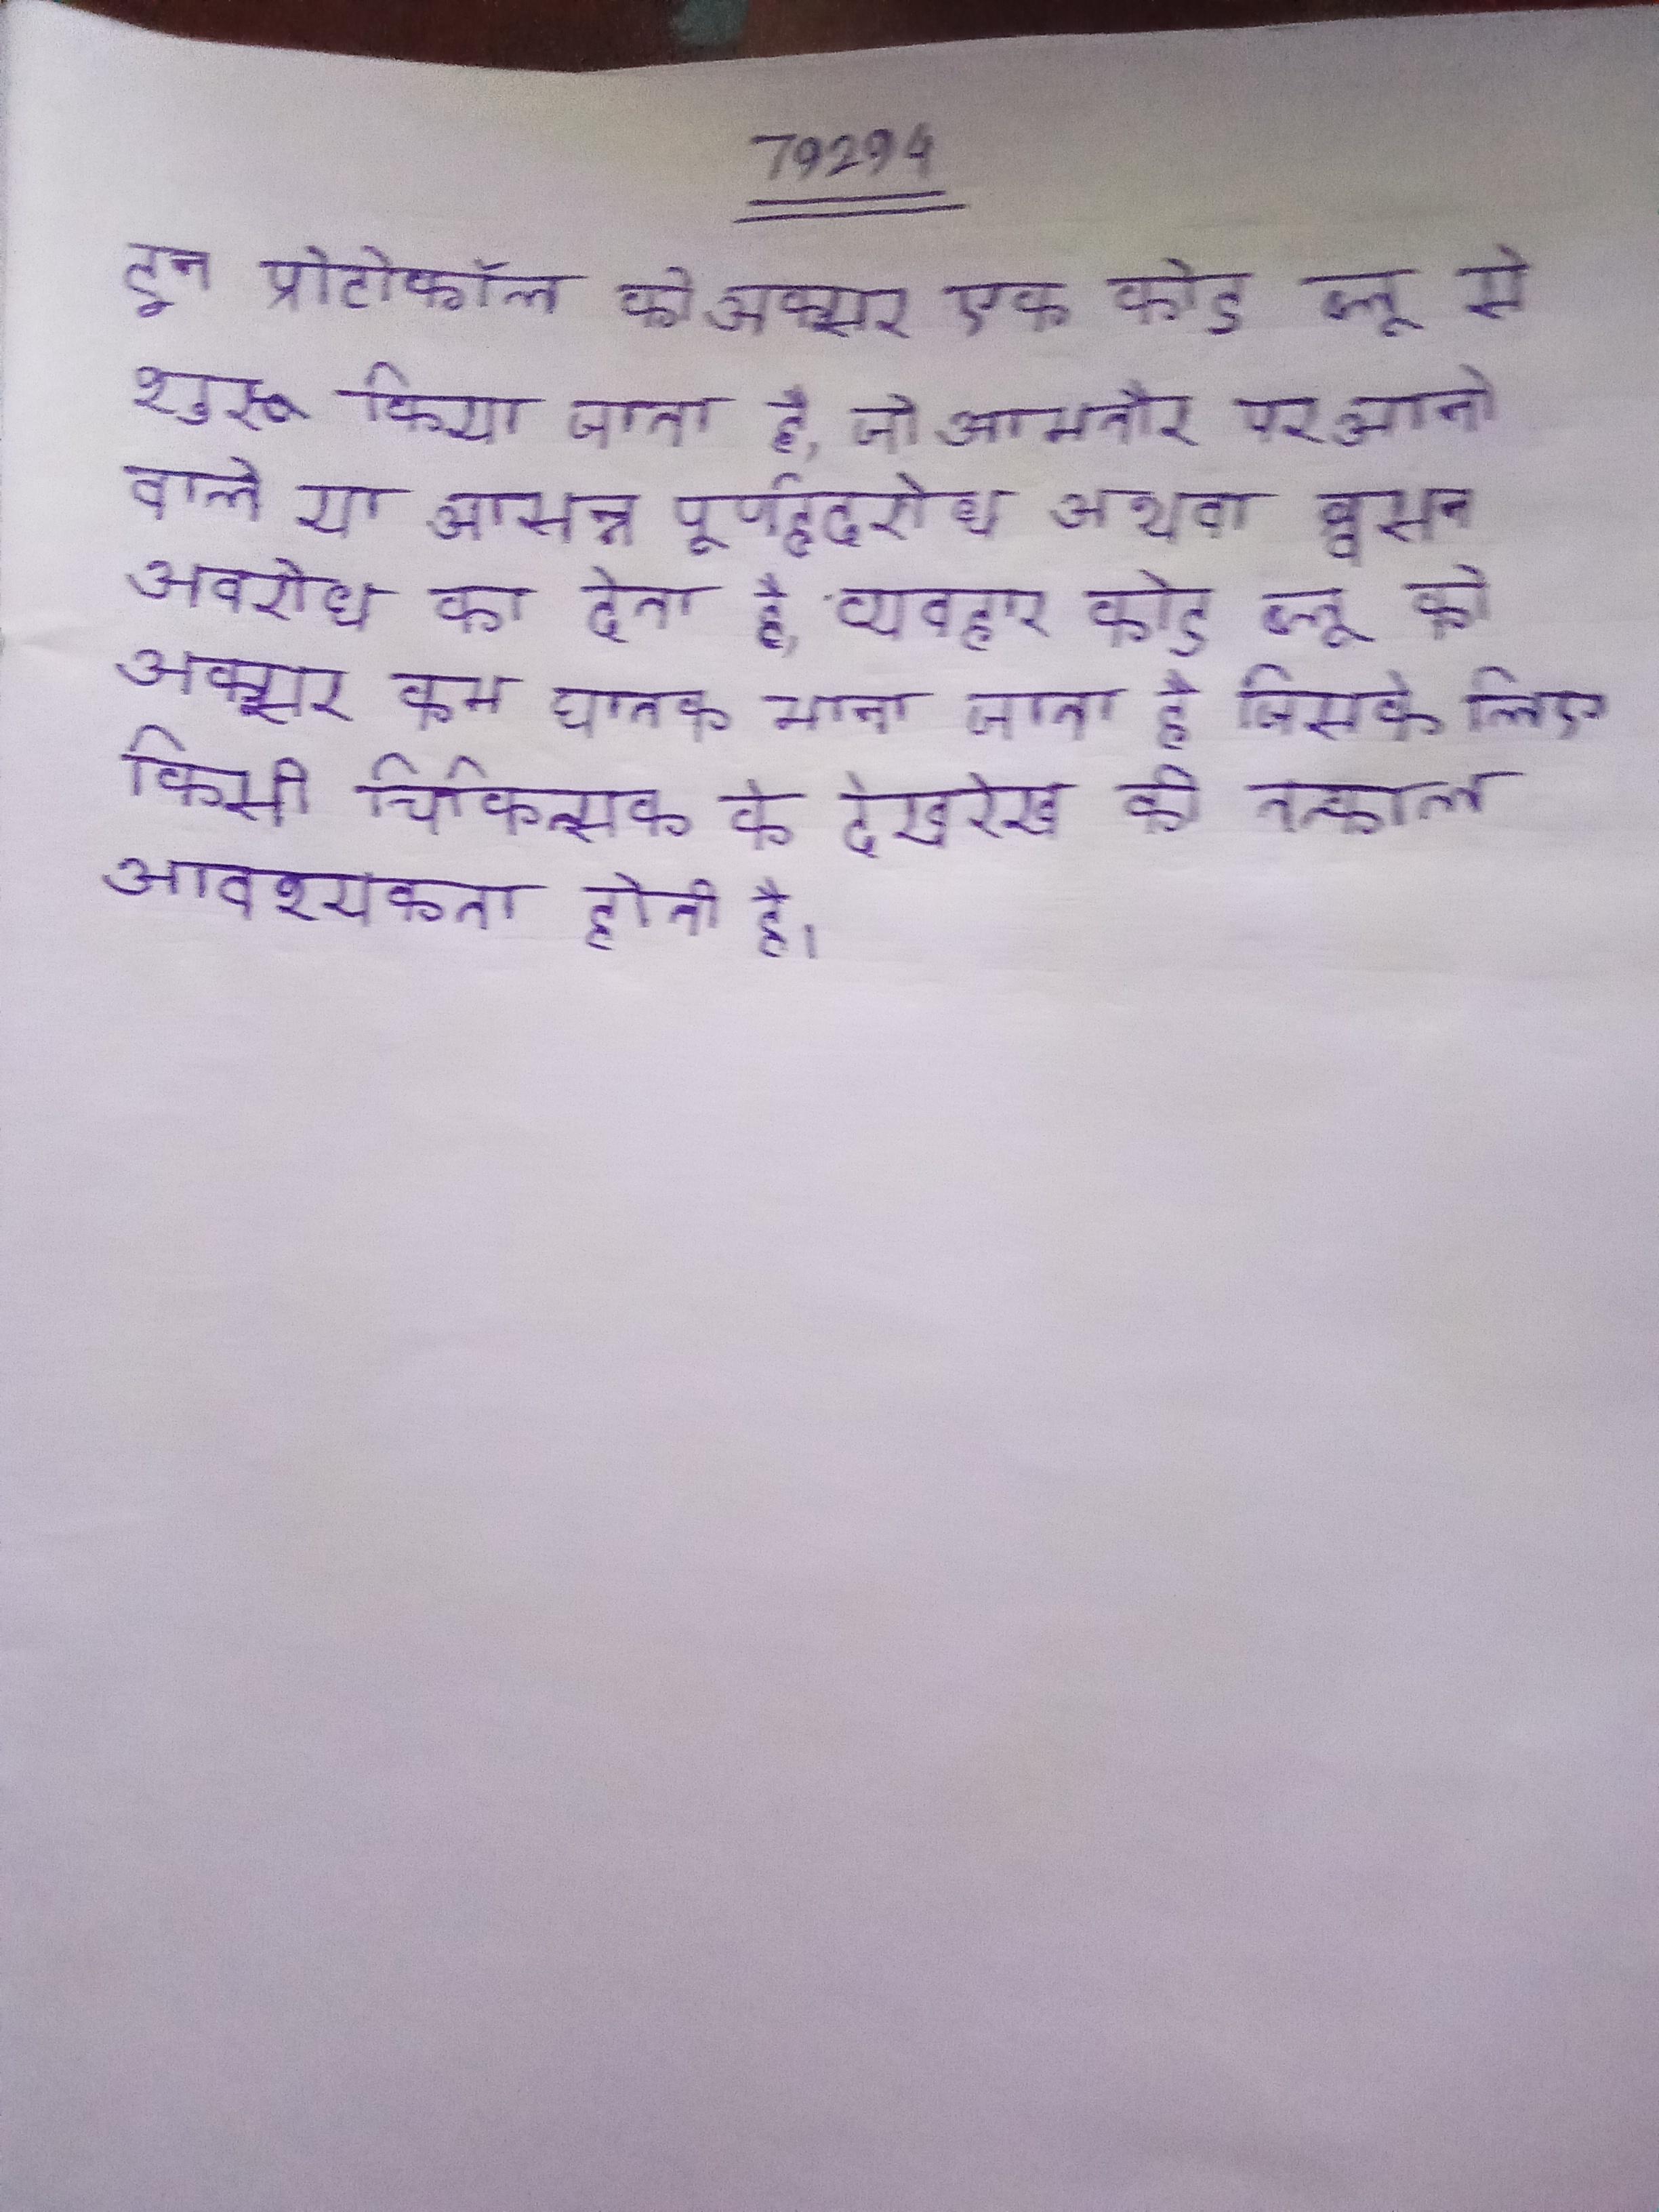
इन प्रोटोकॉल को अक्सर एक कोड ब्लू से शुरू किया जाता है, जो आमतौर पर आने वाले या आसन्न पूर्णहृदरोध अथवा श्वसन अवरोध का देता है, व्यवहार कोड ब्लू को अक्सर कम घातक माना जाता है जिसके लिए किसी चिकित्सक के देखरेख की तत्काल आवश्यकता होती है ।